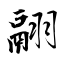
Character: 翮